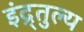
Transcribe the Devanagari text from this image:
इंद्र्तुल्य